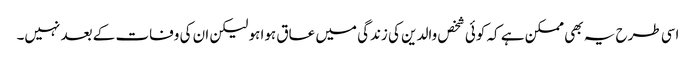
اسی طرح یہ بھی ممکن ہے کہ کوئی شخص والدین کی زندگی میں عاق ہوا ہو لیکن ان کی وفات کے بعد نہیں۔